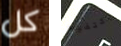
كل إكتفيت